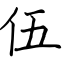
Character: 伍